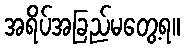
အရိပ်အခြည်မတွေ့ရ။